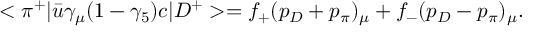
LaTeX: < \pi ^ { + } | \bar { u } \gamma _ { \mu } ( 1 - \gamma _ { 5 } ) c | D ^ { + } > = f _ { + } ( p _ { D } + p _ { \pi } ) _ { \mu } + f _ { - } ( p _ { D } - p _ { \pi } ) _ { \mu } .